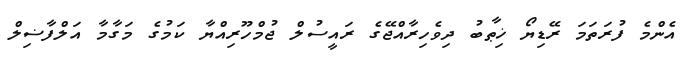
އެންމެ ފުރަތަމަ ރޭޑިޔޯ ޚިޠާބު ދިވެހިރާއްޖޭގެ ރައީސުލް ޖުމްހޫރިއްޔާ ކަމުގެ މަގާމާ އަލްފާޟިލް